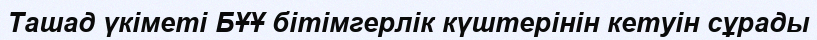
Ташад үкіметі БҰҰ бітімгерлік күштерінін кетуін сұрады